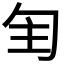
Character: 𠣕